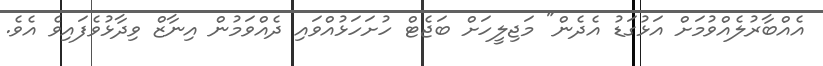
އެއްބާރުލެއްވުމަށް އަޅުގަޑު އެދެން" މަޖިލީހަށް ބަޖެޓް ހުށަހަޅުއްވައި ދެއްވަމުން އިނާޒް ވިދާޅުވެފައިވެ އެވެ.